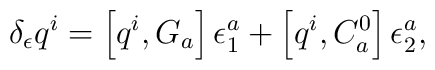
\delta _\epsilon q^i=\left[ q^i,G_a\right] \epsilon _1^a+\left[q^i,C_a^0\right] \epsilon _2^a,